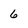
Character: 6